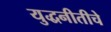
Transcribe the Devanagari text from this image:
युद्धनीतीचे